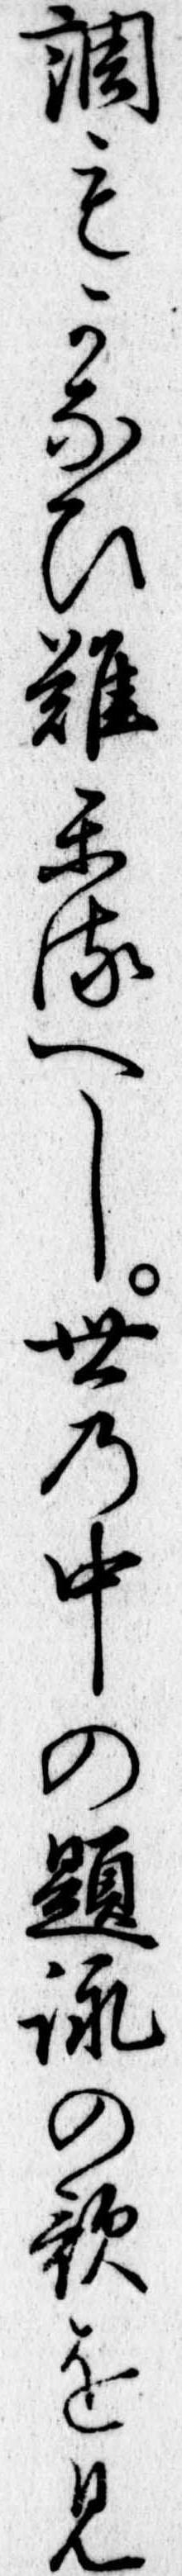
調もかなひ難かるへし世の中の題詠の歌を見